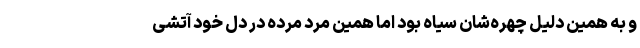
و به همین دلیل چهره‌شان سیاه بود اما همین مرد مرده در دل خود آتشی